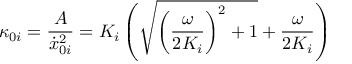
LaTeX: \kappa _ { 0 i } = \frac { A } { \dot { x } _ { 0 i } ^ { 2 } } = K _ { i } \left( \sqrt { { \left( \frac { \omega } { 2 K _ { i } } \right) } ^ { 2 } + 1 } + \frac { \omega } { 2 K _ { i } } \right)